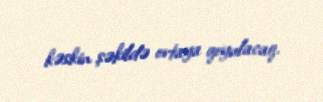
kəskin şəkildə ortaya qoyulacaq.